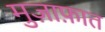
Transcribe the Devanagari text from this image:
मुज़ाफ़ात